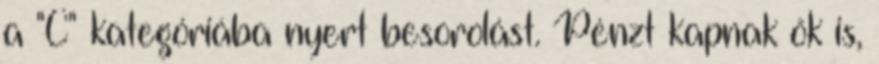
a "C" kategóriába nyert besorolást. Pénzt kapnak ők is,